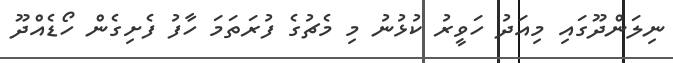
ނިލަންދޫގައި މިއަދު ހަވީރު ކުޅުނު މި މެޗުގެ ފުރަތަމަ ހާފު ފެށިގެން ހޯޑެއްދޫ